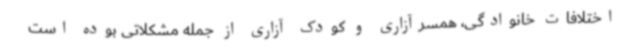
اختلافات خانوادگی، همسرآزاری و کودک آزاری از جمله مشکلاتی بوده است